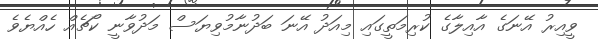
ވީއިރު އޭނަގެ އާއިލާގެ ކުރިމަތީގައި މިއަދު އޭނަ ބަދުނާމުވިޔަސް މަދުވާނީ ކޯޗެއް ހެއްޔެވެ